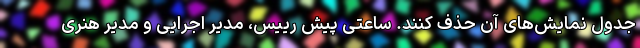
جدول نمایش‌های آن حذف کنند. ساعتی پیش رییس، مدیر اجرایی و مدیر هنری